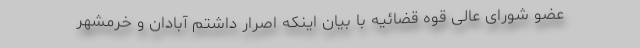
عضو شورای عالی قوه قضائیه با بیان اینکه اصرار داشتم آبادان و خرمشهر